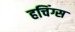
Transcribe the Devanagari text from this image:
हचिंग्स